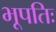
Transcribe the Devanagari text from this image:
भूपतिः